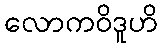
လောကဝိဒူဟိ